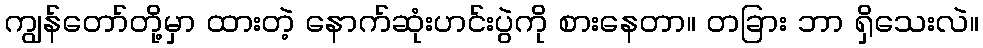
ကျွန်တော်တို့မှာ ထားတဲ့ နောက်ဆုံးဟင်းပွဲကို စားနေတာ။ တခြား ဘာ ရှိသေးလဲ။